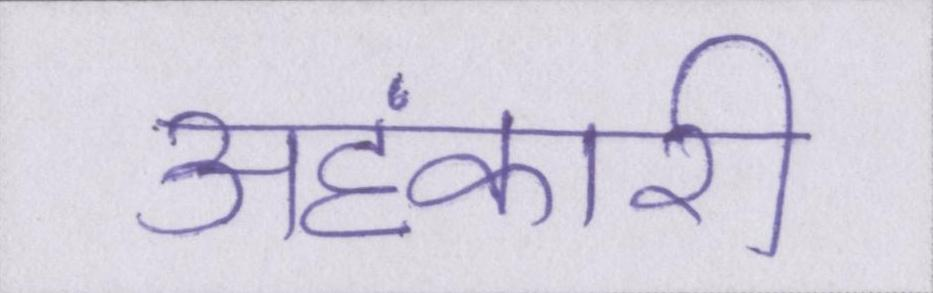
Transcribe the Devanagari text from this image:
अहंकारी